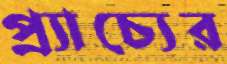
প্র্যাচ্যের